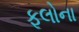
ફૂલોના